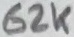
Text: 62K